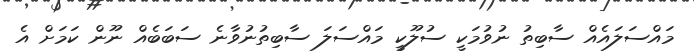
މައްސަލައެއް ސާބިތު ނުވުމަކީ ސުލޫކީ މައްސަލަ ސާބިތުނުވާނެ ސަބަބެއް ނޫން ކަމަށް އެ